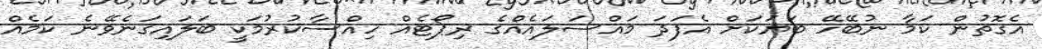
އެގޮތުން ކަމާ ނުބޭހޭ ބަޔަކަށް އެފަދަ މައްސަލައެއްގެ ރިޕޯޓެއް ހިއްސާކުރުމަކީ ބަލައިގަނެވޭނެ ކަމެއް